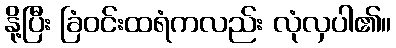
နို့ပြီး ခြံဝင်းထရံကလည်း လုံလှပါ၏။